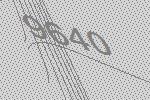
9640